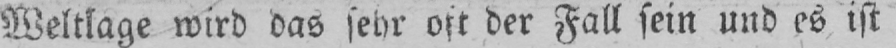
Weltlage wird das sehr oft der Fall sein und es ist